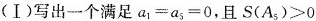
(Ⅰ)写出一个满足$$a_{1}=a_[5]=0$$，且$$S(A_{5})>0$$